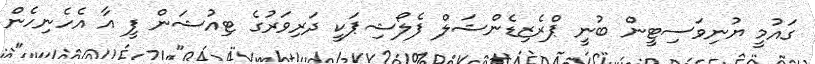
ގައުމީ ޔުނިވަސިޓީން ބުނީ ޕްރެޒިޑެންޝަލް ފެލޯޝިޕަކީ ދަރިވަރުގެ ޓިއުޝަން ފީ އާ އެހެނިހެން